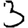
Digit: 3